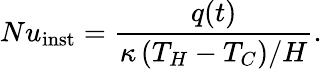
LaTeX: Nu_{\mathrm{{inst}}}=\frac{q(t)}{\kappa\left(T_{H}-T_{C}\right)/H}.